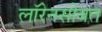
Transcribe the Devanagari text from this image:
लॉरेनसोबत